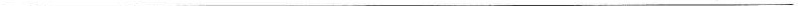
___